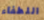
اللطفاء